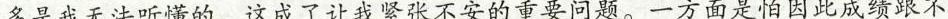
多是我无法听懂的。这成了让我紧张不安的重要问题。一方面是怕因此成绩跟不